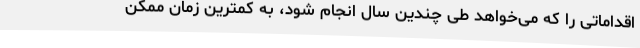
اقداماتی را که می‌خواهد طی چندین سال انجام شود، به کمترین زمان ممکن